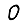
Digit: 0